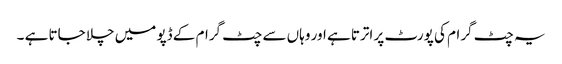
یہ چٹ گرام کی پورٹ پر اترتا ہے اور وہاں سے چٹ گرام کے ڈپو میں چلا جاتا ہے ۔